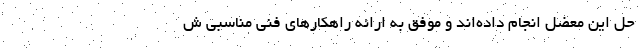
حل این معضل انجام داده‌اند و موفق به ارائه راهکارهای فنی مناسبی ش